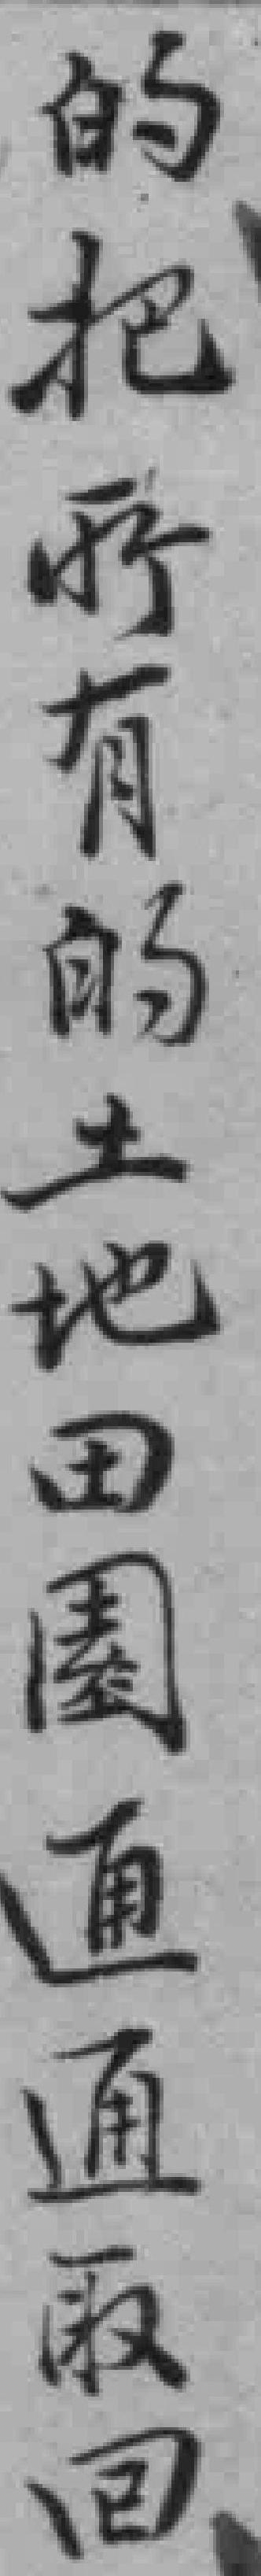
的把所有的土地田園通通取回